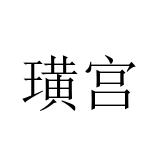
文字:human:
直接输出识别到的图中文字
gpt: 璜宫